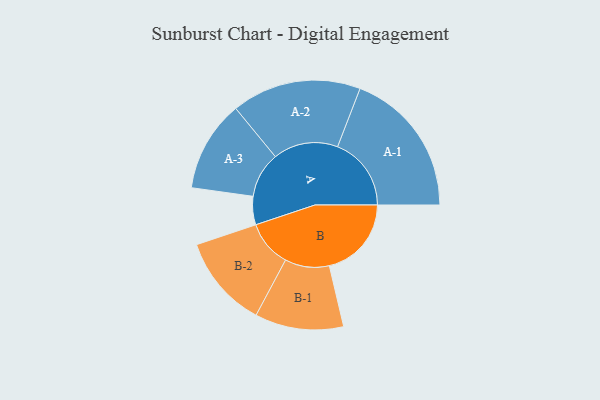
{"axis": {"x": "Segment", "y": "Value"}, "legend": ["", "A", "B"], "data": [{"x": "A", "y": 108, "type": ""}, {"x": "B", "y": 313, "type": ""}, {"x": "A-1", "y": 281, "type": "A"}, {"x": "A-2", "y": 247, "type": "A"}, {"x": "A-3", "y": 174, "type": "A"}, {"x": "B-1", "y": 169, "type": "B"}, {"x": "B-2", "y": 177, "type": "B"}]}